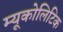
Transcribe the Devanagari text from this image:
म्यूकोलिटिक